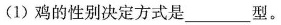
（1）鸡的性别决定方式是___型。